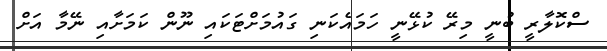
ސްކޮލާރީ ބުނީ މިރޭ ކުޅޭނީ ހަމައެކަނި ގައުމަށްޓަކައި ނޫން ކަމަށާއި ނޭމާ އަށް